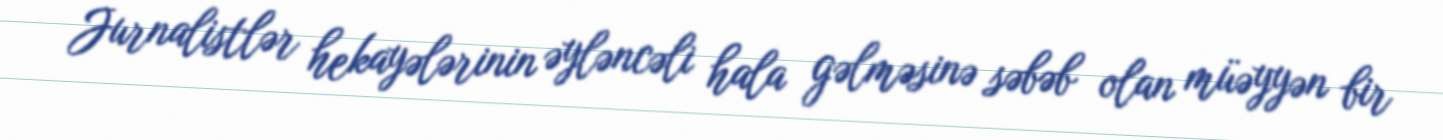
Jurnalistlər hekayələrinin əyləncəli hala gəlməsinə səbəb olan müəyyən bir